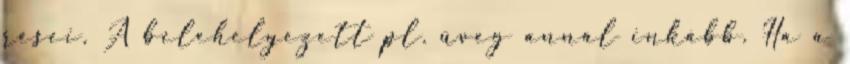
rései. A belehelyezett pl. üveg annál inkább. Ha a